system: You are a helpful assistant.
user:
Analyze the provided spectrum to determine if it is a **Carbon Star (C-type)**.

- **Key Visual Indicators of Carbon Star:**
    - **(Primary):** Strong molecular absorption from **C₂ (diatomic carbon) "Swan Bands."** This is the **defining feature** of a carbon star.
        - **(Key Bandheads):** Sharp absorption edges are visible at approximately $5635$ Å, $5165$ Å (the strongest band), and $4737$ Å.
        - **(Line Profile):** Creates a distinct **"saw-tooth"** pattern. The key morphology is a sharp, steep bandhead on the **red (long-wavelength) side**, which then gradually tapers off (i.e., flux recovers) towards the **blue (short-wavelength) side**. *(This is the direct opposite of the TiO bands seen in M-type stars)*.

    - **(Secondary):** Intense **CN (cyanogen)** molecular absorption bands.
        - **(Key Bandheads):** Located in the blue and violet regions of the spectrum (e.g., near $4215$ Å and $3883$ Å).
        - **(Morphology):** These bands are extremely broad and act as a "blanket," absorbing the vast majority of blue and violet light. This creates a characteristic **"cliff"** or **"steep drop-off"** in the spectrum's flux at short wavelengths.

    - **(Key Confirmation):** Strong **CH absorption band (G-band)**.
        - **(Key Bandhead):** Located around $4300$ Å. The contribution from CH molecules to this band is exceptionally strong.

    - **(Overall Spectrum):**
        - The continuum is severely "chopped up" by these deep molecular bands, especially C₂, rather than appearing as a smooth curve.
        - Due to the heavy CN and C₂ absorption in the blue-green, the vast majority of the star's flux is concentrated in the red part of the spectrum, giving the star its characteristic deep red color.

Think first, call **spectral_visualization_tool** if needed to examine features in detail, then provide your final answer. Your response must adhere to the following strict rules:
1.  **Overall Structure:** Your response must follow the format `<think>...</think> <tool_call>...</tool_call> (if a tool is used) <answer>...</answer>`.
2.  **Tool Usage Constraint:** You may only make **one** tool call per turn.
3.  **Final Answer Format:** In the `<answer>` tag, your conclusion must be inside a `\boxed{}` command (e.g., `\boxed{YES}`), followed by your justification.

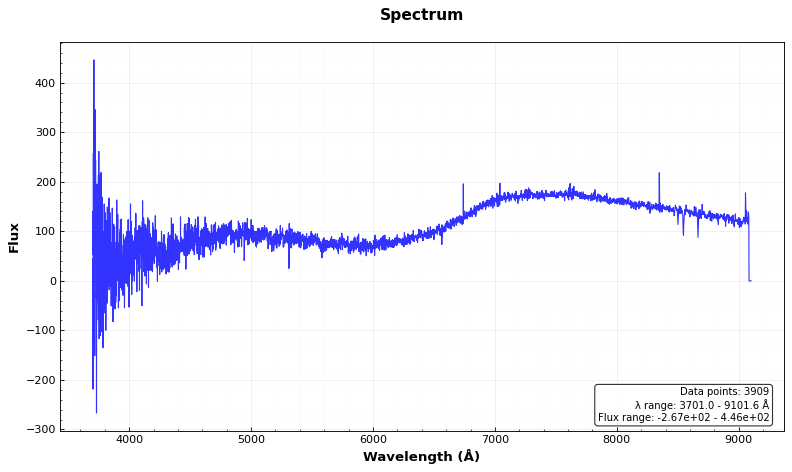
Answer: NO